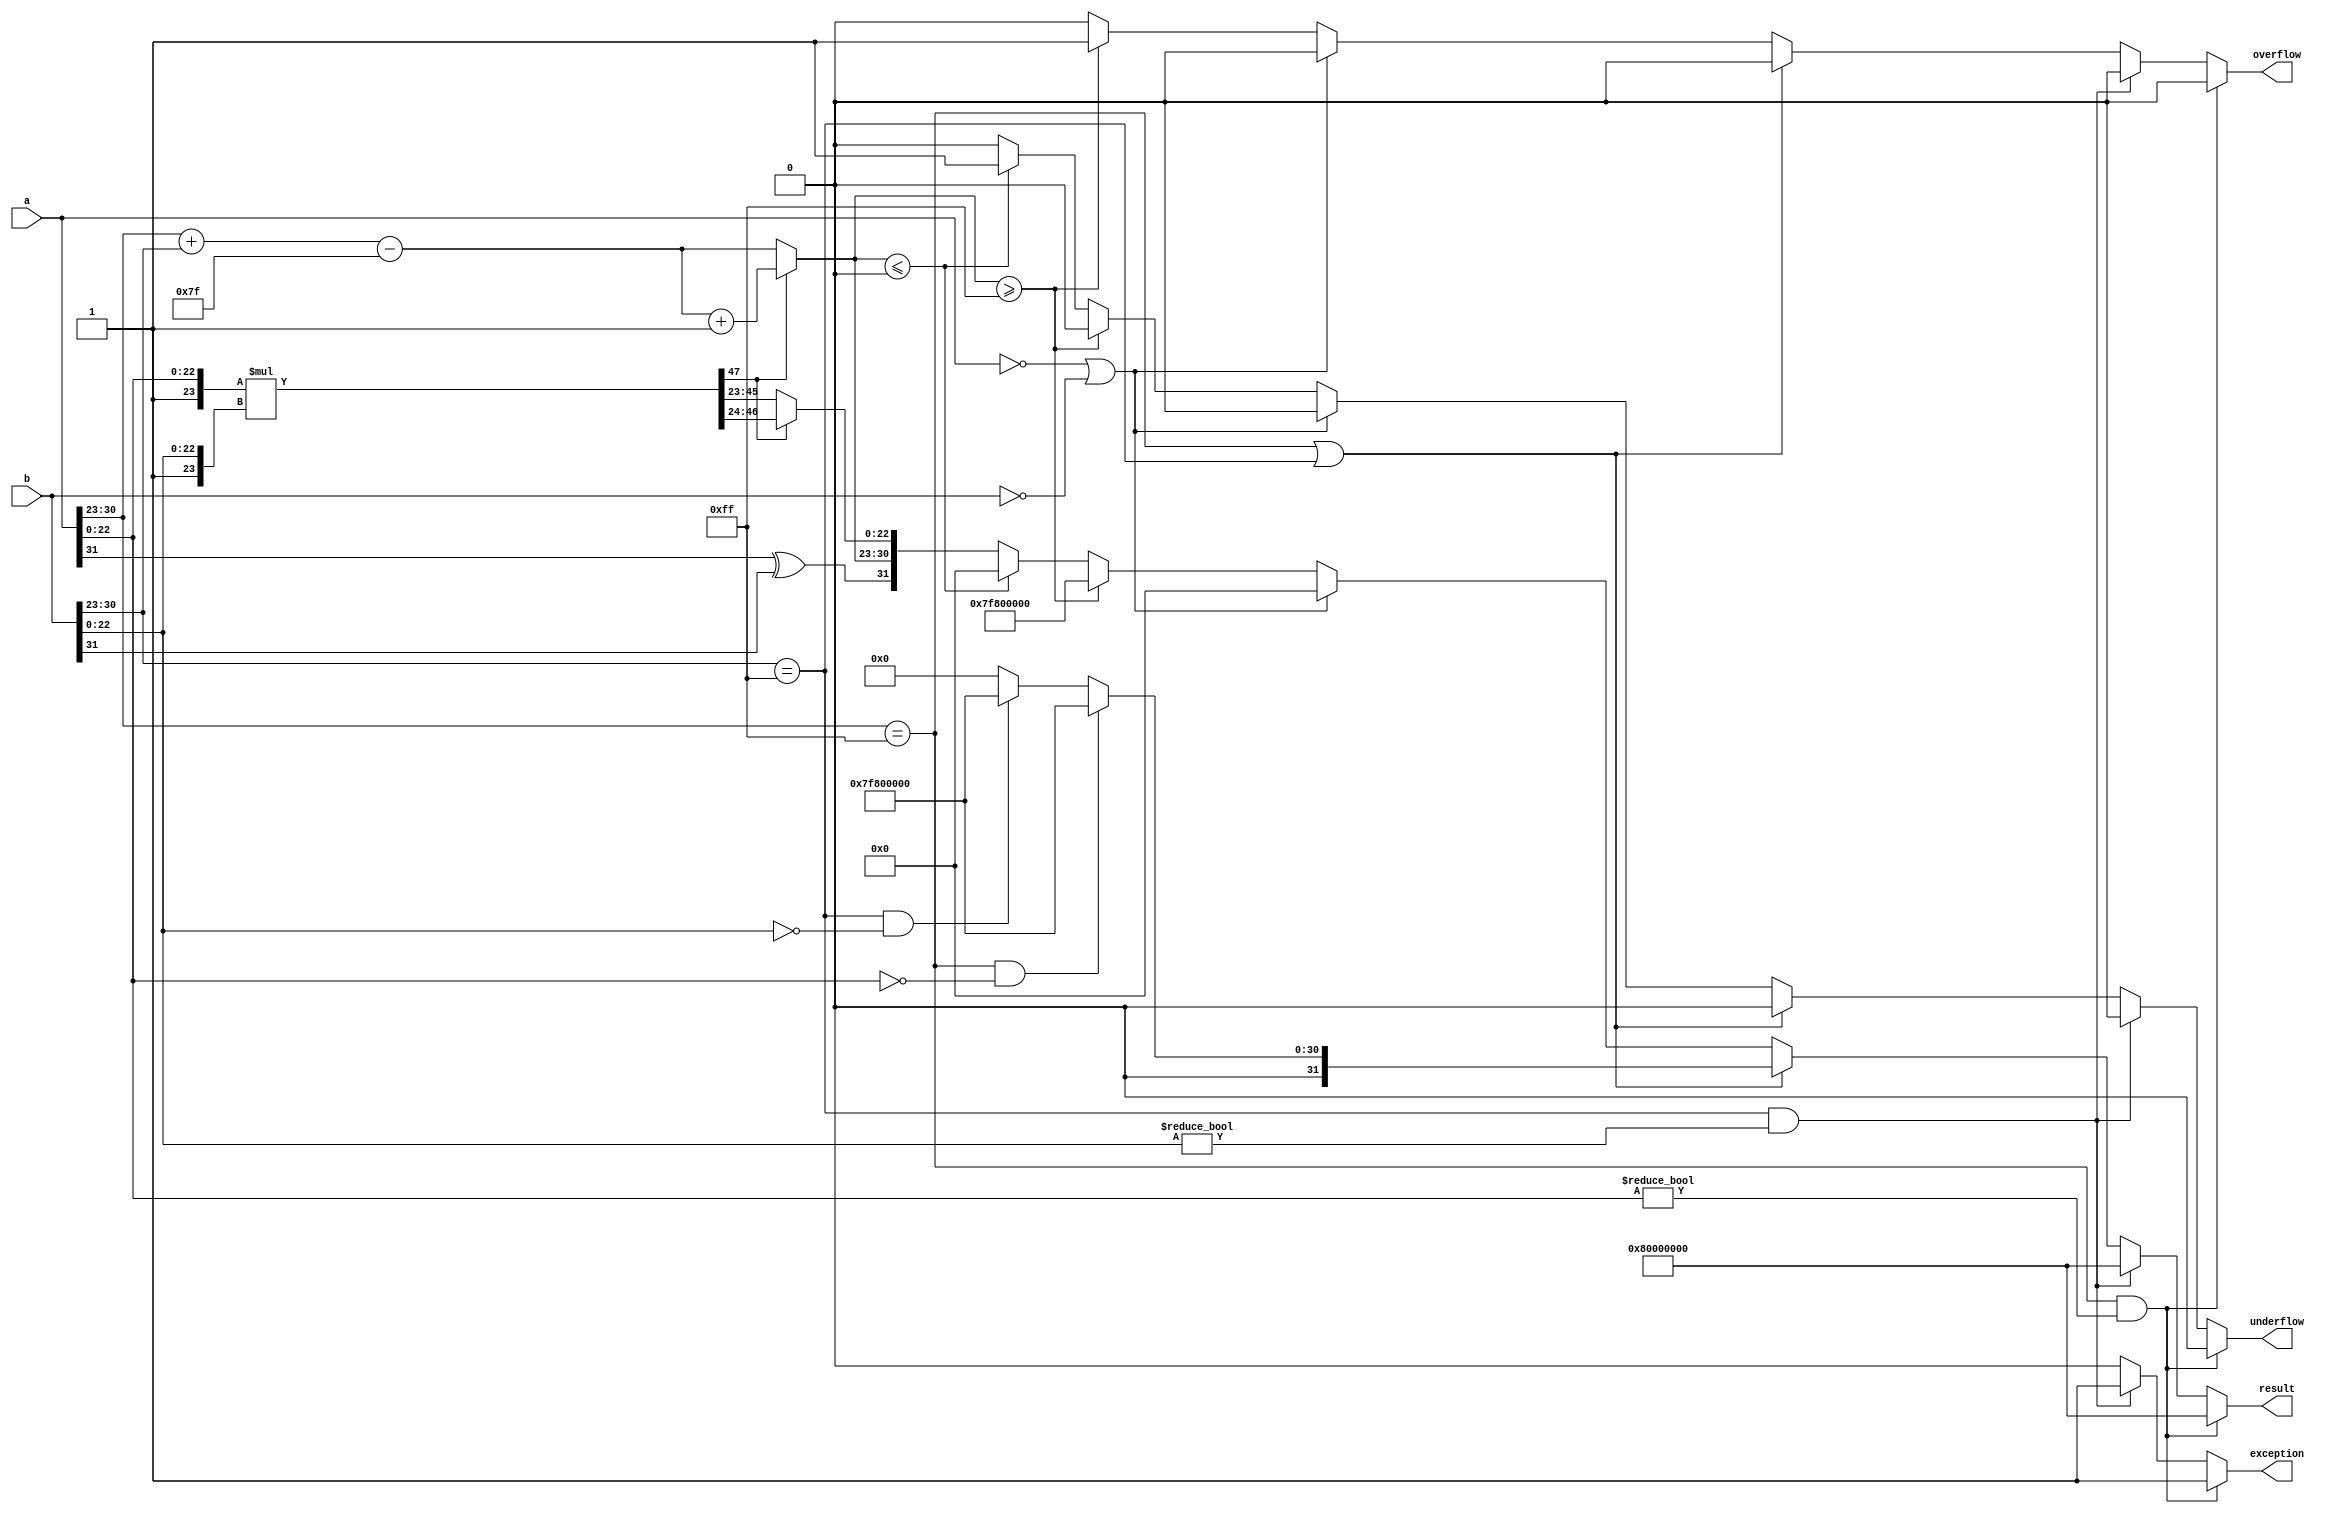
module floating_point_multiplier (
    input  wire [31:0] a,         // Input floating-point number a
    input  wire [31:0] b,         // Input floating-point number b
    output reg  [31:0] result,     // Output floating-point result
    output reg         overflow,    // Overflow flag
    output reg         underflow,    // Underflow flag
    output reg         exception     // Exception flag
);

    // Constants
    localparam EXPONENT_BIAS = 127;
    localparam EXPONENT_MAX = 255; // 8 bits for exponent
    localparam EXPONENT_MIN = 0;   // 8 bits for exponent
    localparam MANTISSA_BITS = 23;

    // Internal signals
    wire sign_a = a[31];
    wire sign_b = b[31];
    wire [7:0] exp_a = a[30:23];
    wire [7:0] exp_b = b[30:23];
    wire [22:0] mant_a = a[22:0];
    wire [22:0] mant_b = b[22:0];

    wire [47:0] mant_product; // 48 bits for mantissa product
    wire [7:0] exp_result;    // Result exponent
    reg [47:0] mant_result;    // Result mantissa
    reg [7:0] exp_adjusted;    // Adjusted exponent after normalization

    // Handle special cases
    always @(*) begin
        overflow = 0;
        underflow = 0;
        exception = 0;
        result = 32'b0; // Default result

        // Check for NaN or Infinity
        if (exp_a == EXPONENT_MAX && mant_a != 0) begin
            // a is NaN
            exception = 1;
            result = {1'b1, {31{1'b0}}}; // NaN representation
        end else if (exp_b == EXPONENT_MAX && mant_b != 0) begin
            // b is NaN
            exception = 1;
            result = {1'b1, {31{1'b0}}}; // NaN representation
        end else if (exp_a == EXPONENT_MAX || exp_b == EXPONENT_MAX) begin
            // One of the inputs is Infinity
            if (exp_a == EXPONENT_MAX && mant_a == 0) begin
                // a is Infinity
                result = {sign_a ^ sign_b, EXPONENT_MAX, 23'b0};
            end else if (exp_b == EXPONENT_MAX && mant_b == 0) begin
                // b is Infinity
                result = {sign_a ^ sign_b, EXPONENT_MAX, 23'b0};
            end
        end else if (a == 32'b0 || b == 32'b0) begin
            // One of the inputs is zero
            result = 32'b0;
        end else begin
            // Normal multiplication process
            // Calculate the sign of the result
            result[31] = sign_a ^ sign_b;

            // Calculate the exponent
            exp_result = exp_a + exp_b - EXPONENT_BIAS;

            // Calculate the mantissa with implicit leading 1
            mant_product = {1'b1, mant_a} * {1'b1, mant_b};

            // Normalization
            if (mant_product[47]) begin
                // If mantissa product is greater than or equal to 2
                mant_result = mant_product[46:24]; // Keep the upper 24 bits
                exp_adjusted = exp_result + 1; // Increase exponent
            end else begin
                // If mantissa product is less than 2
                mant_result = mant_product[45:23]; // Keep the upper 23 bits
                exp_adjusted = exp_result; // No change to exponent
            end

            // Check for overflow and underflow
            if (exp_adjusted >= EXPONENT_MAX) begin
                overflow = 1;
                result = {result[31], EXPONENT_MAX, 23'b0}; // Set result to infinity
            end else if (exp_adjusted <= EXPONENT_MIN) begin
                underflow = 1;
                result = 32'b0; // Set result to zero
            end else begin
                // Assemble the final result
                result = {result[31], exp_adjusted, mant_result[22:0]};
            end
        end
    end

endmodule